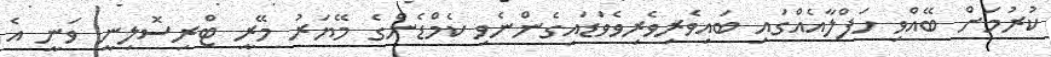
ކުރުމަށް ބޭއްވި ހަފްލާއެއްގައި ބައިވެރިވެރިވެވަޑައިގެންނެވި ކެމްޑެންގެ މޭޔަރު މޭރީ ޓްރިސޮލިނީ ވަނީ އެ